Vital statistics of India. Vol. IV, Annual returns from 1871 to 1876. British Army of India, Native Army and jails of Bengal
Year: 1871
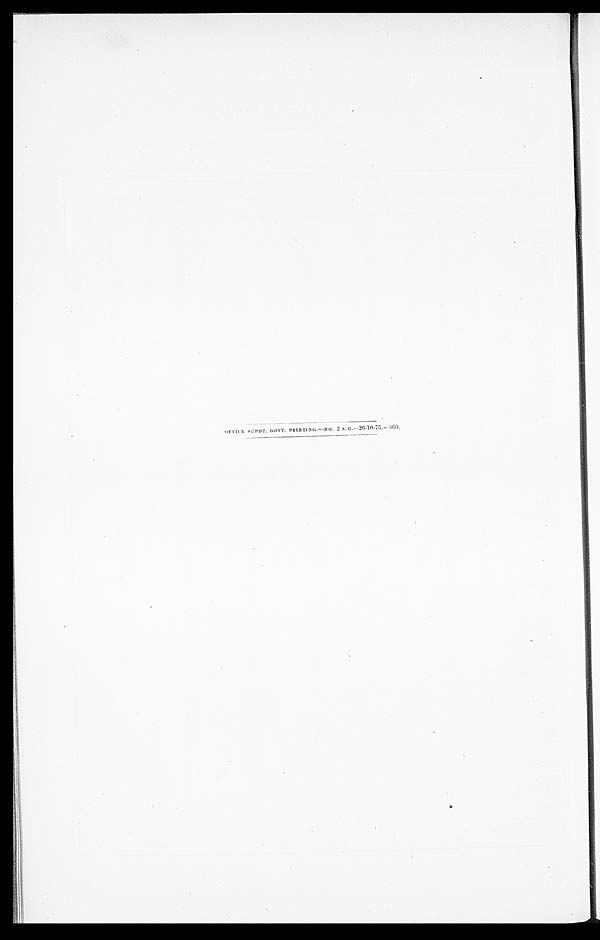
OFFICE SUDPT. GOVT. PRINTING.—NO. 2 S. C.—26-10-75.—900.